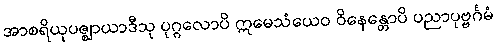
အာစရိယုပဇ္ဈာယာဒီသု ပုဂ္ဂလောပိ ဣမေသံယေဝ ဝိနေန္တောပိ ပညာပုဗ္ဗင်္ဂမံ